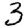
Digit: 3